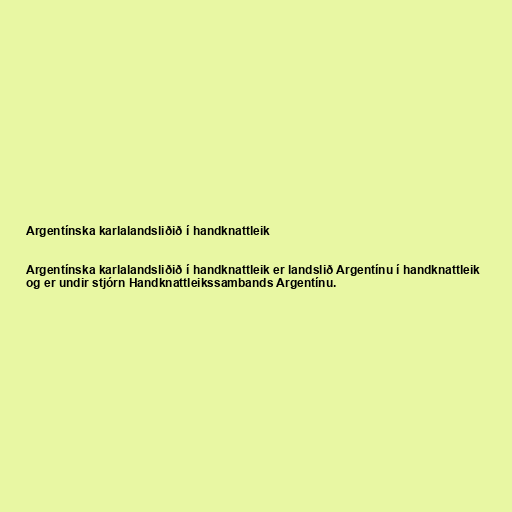
Argentínska karlalandsliðið í handknattleik

Argentínska karlalandsliðið í handknattleik er landslið Argentínu í handknattleik
og er undir stjórn Handknattleikssambands Argentínu.